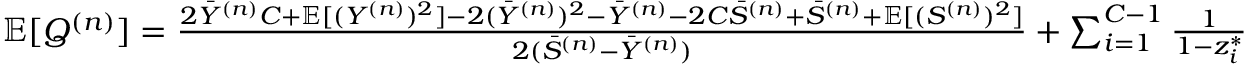
\begin{array} { r } { \mathbb { E } [ Q ^ { ( n ) } ] = \frac { 2 \Bar { Y } ^ { ( n ) } C + \mathbb { E } [ ( { Y } ^ { ( n ) } ) ^ { 2 } ] - 2 ( \Bar { Y } ^ { ( n ) } ) ^ { 2 } - \Bar { Y } ^ { ( n ) } - 2 C \Bar { S } ^ { ( n ) } + \Bar { S } ^ { ( n ) } + \mathbb { E } [ ( S ^ { ( n ) } ) ^ { 2 } ] } { 2 ( \Bar { S } ^ { ( n ) } - \Bar { Y } ^ { ( n ) } ) } + \sum _ { i = 1 } ^ { C - 1 } \frac { 1 } { 1 - z _ { i } ^ { * } } } \end{array}